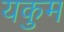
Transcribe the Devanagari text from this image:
यकुम